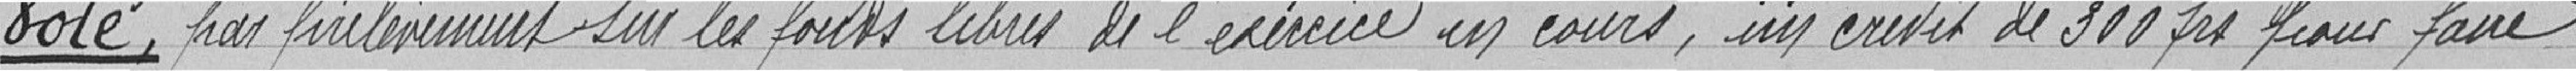
Vote par prélèvement sur les fonds libres de l'exercice en cours, un crédit de 300 francs pour faire